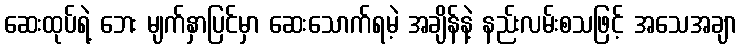
ဆေးထုပ်ရဲ့ ဘေး မျက်နှာပြင်မှာ ဆေးသောက်ရမဲ့ အချိန်နဲ့ နည်းလမ်းစသဖြင့် အသေအချာ